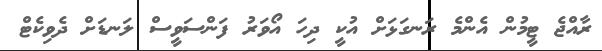
ރާއްޖެ ޓީމުން އެންމެ ރަނގަޅަށް އުކީ ދިހަ އޯވަރު ފަންސަވީސް ލަނޑަށް ދެވިކެޓް